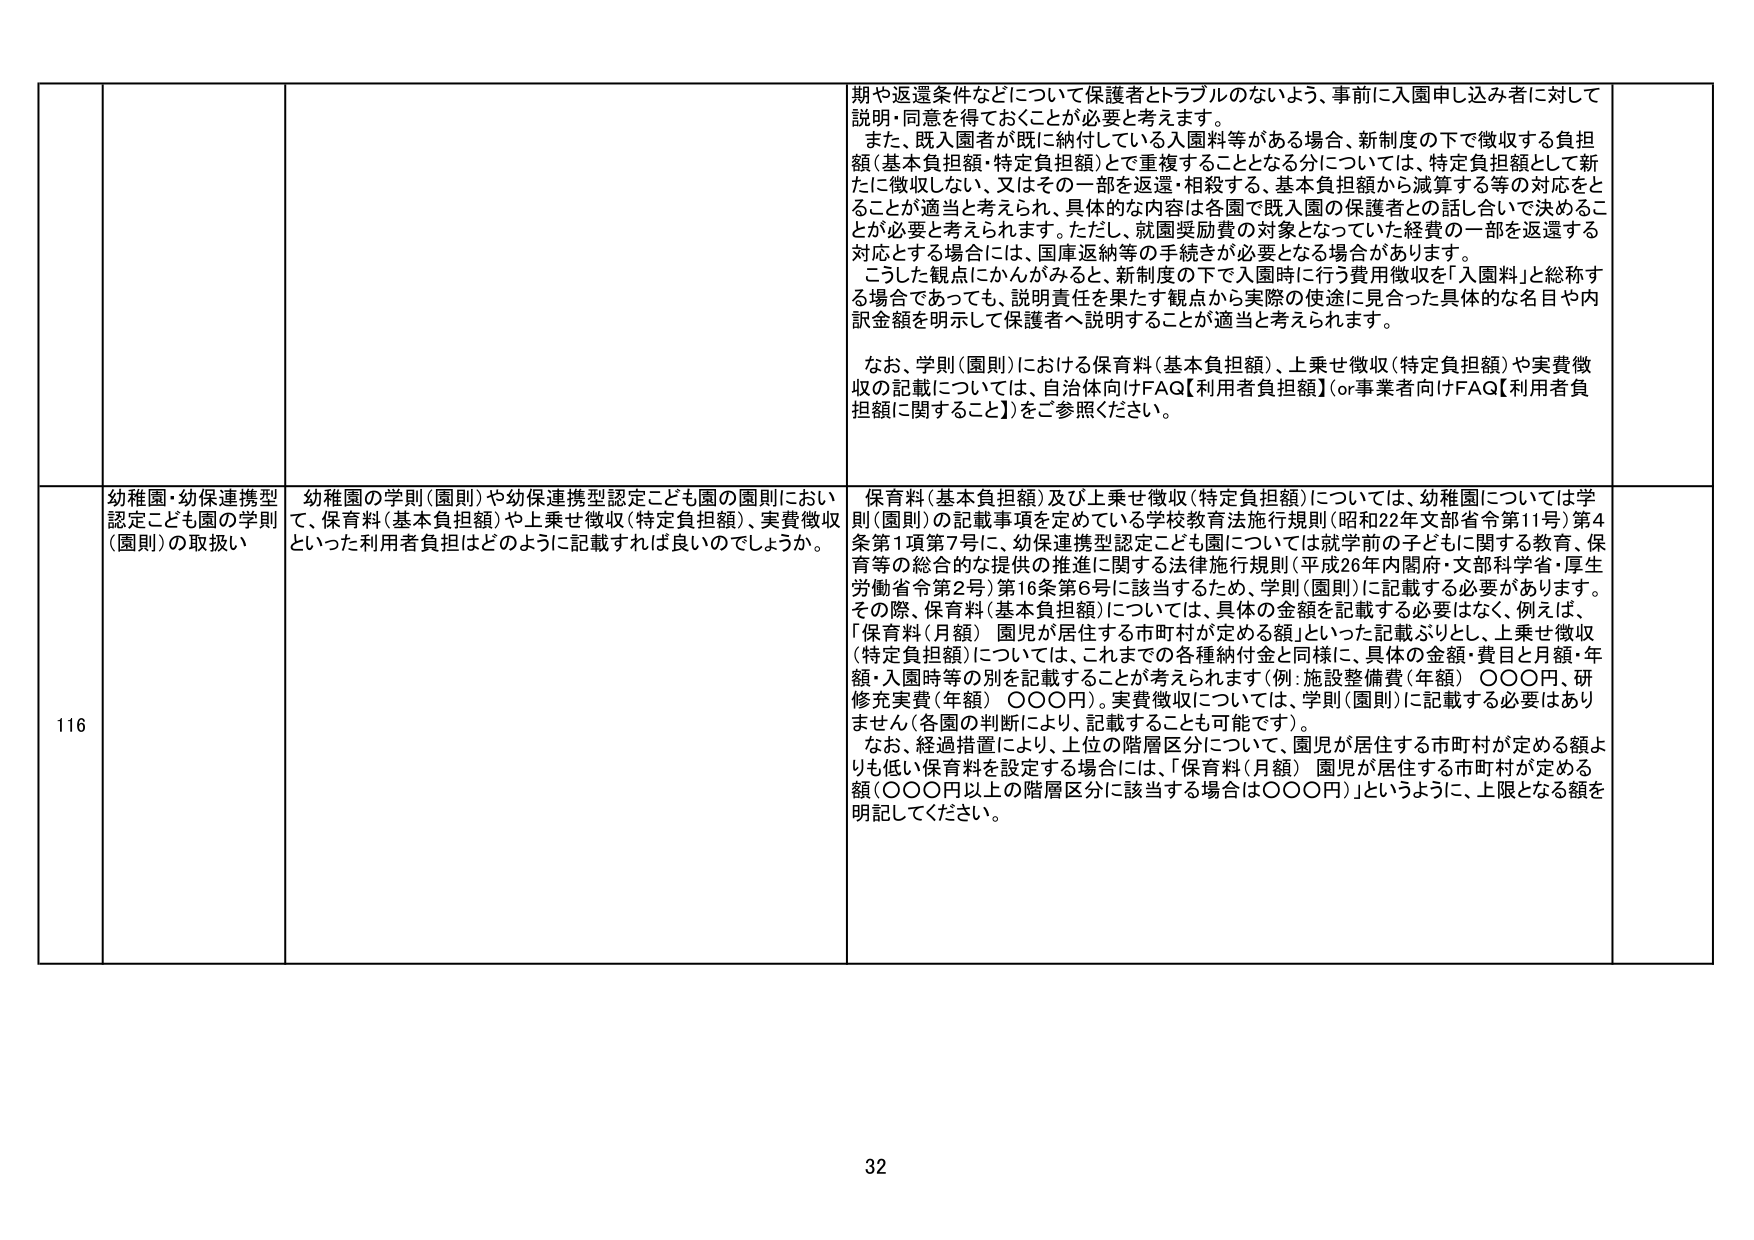
期や返還条件などについて保護者とトラブルのないよう、事前に入園申し込み者に対して説明・同意を得ておくことが必要と考えます。

また、既入園者が既に納付している入園料等がある場合、新制度の下で徴収する負担額（基本負担額・特定負担額）とで重複することとなる分について、特定負担額として新たに徴収しない、又はその一部を返還・相殺する、基本負担額から減算する等の対応をとることが適当と考えられ、具体的な内容は各園で既入園の保護者との話し合いで決めることが必要と考えられます。ただし、就園奨励費の対象となっている経費の一部を返還する対応とする場合には、国庫返納等の手続きが必要となる場合があります。

こうした観点にかんがみると、新制度の下で入園時に行う費用徴収を「入園料」と総称する場合であっても、説明責任を果たす観点から実際の使途に見合った具体的な名目や内訳金額を明示して保護者へ説明することが適当と考えられます。

なお、学則（園則）における保育料（基本負担額）、上乗せ徴収（特定負担額）や実費徴収の記載については、自治体向けFAQ【利用者負担額】（or事業者向けFAQ【利用者負担額に関すること】）をご参照ください。

116

幼稚園・幼保連携型認定こども園の学則（園則）の取扱い

幼稚園の学則（園則）や幼保連携型認定こども園の園則において、保育料（基本負担額）や上乗せ徴収（特定負担額）、実費徴収といった利用者負担はどのように記載すれば良いのでしょうか。

保育料（基本負担額）及び上乗せ徴収（特定負担額）については、幼稚園については学則（園則）の記載事項を定めている学校教育法施行規則（昭和22年文部省令第11号）第4条第1項第7号に、幼保連携型認定こども園については就学前の子どもに関する教育、保育等の総合的な提供の推進に関する法律施行規則（平成26年内閣府・文部科学省・厚生労働省令第2号）第16条第6号に該当するため、学則（園則）に記載する必要があります。

その際、保育料（基本負担額）については、具体的金額を記載する必要はなく、例えば、「保育料（月額） 園児が居住する市町村が定める額」といった記載ぶりとし、上乗せ徴収（特定負担額）については、これまでの各種納付金と同様に、具体的金額・費目と月額・年額・入園時等の別を記載することが考えられます（例：施設整備費（年額）〇〇〇円、研修充実費（年額）〇〇〇円）。実費徴収については、学則（園則）に記載する必要はありません（各園の判断により、記載することも可能です）。

なお、経過措置により、上位の階層区分について、園児が居住する市町村が定める額よりも低い保育料を設定する場合には、「保育料（月額） 園児が居住する市町村が定める額（〇〇〇円以上の階層区分に該当する場合は〇〇〇円）」というように、上限となる額を明記してください。

32